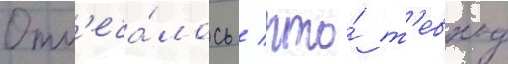
Отм'еча́лось / что́ т'евход